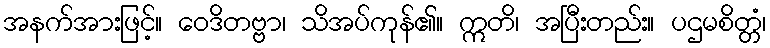
အနက်အားဖြင့်။ ဝေဒိတဗ္ဗာ၊ သိအပ်ကုန်၏။ ဣတိ၊ အပြီးတည်း။ ပဌမစိတ္တံ၊